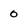
Character: 0